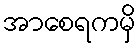
အာစေရကမှိ